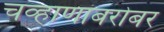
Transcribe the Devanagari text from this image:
चव्हाणांबरोबर